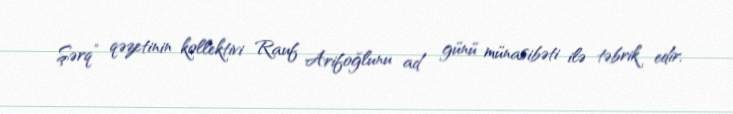
Şərq” qəzetinin kollektivi Rauf Arifoğlunu ad günü münasibəti ilə təbrik edir,